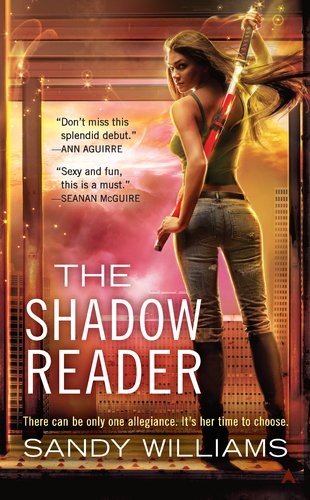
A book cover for The Shadow Reader (A Shadow Reader Novel); Sandy Williams; Science Fiction & Fantasy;